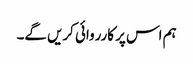
ہم اس پر کارروائی کریں گے۔